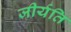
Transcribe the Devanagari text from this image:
जीर्यति